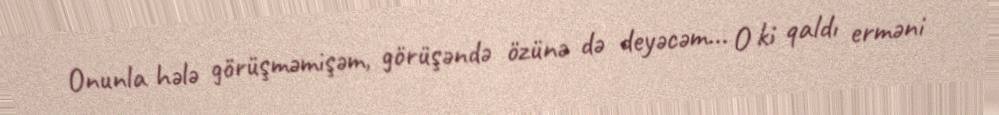
Onunla hələ görüşməmişəm, görüşəndə özünə də deyəcəm... O ki qaldı erməni